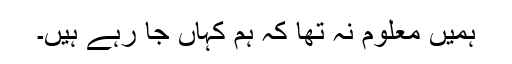
ہمیں معلوم نہ تھا کہ ہم کہاں جا رہے ہیں۔